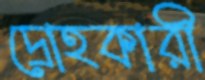
দ্রোহকারী